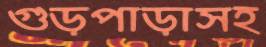
গুড়পাড়াসহ